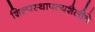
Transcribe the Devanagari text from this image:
शिल्पस्थापत्यशैलीचे